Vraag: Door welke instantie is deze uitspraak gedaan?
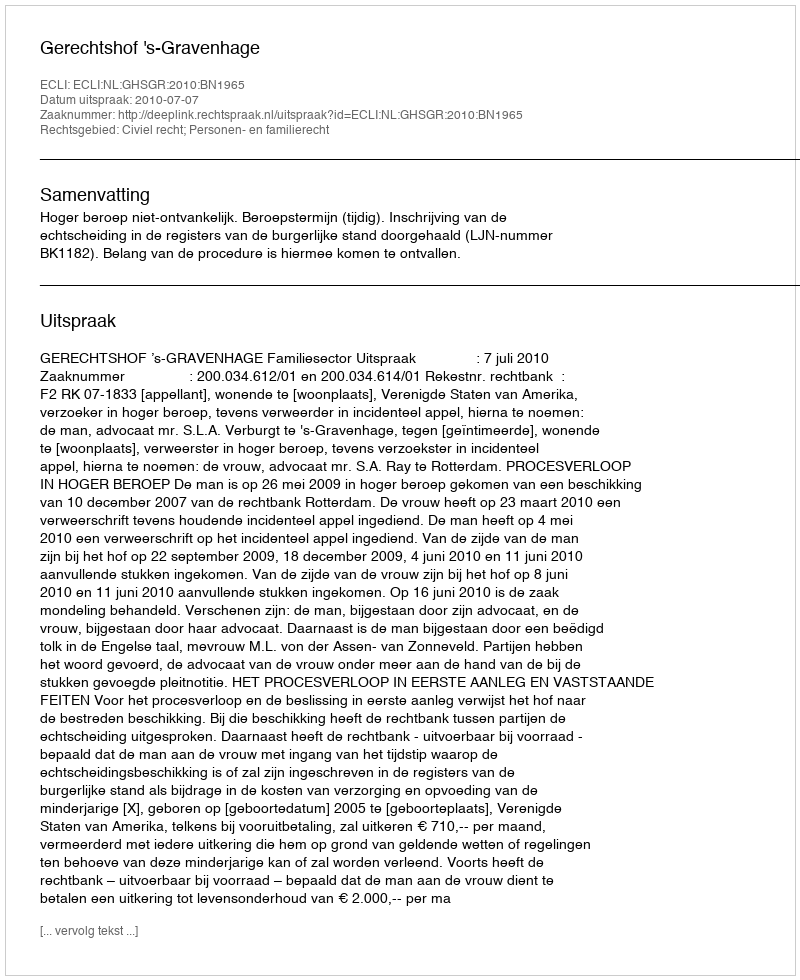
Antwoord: Gerechtshof 's-Gravenhage